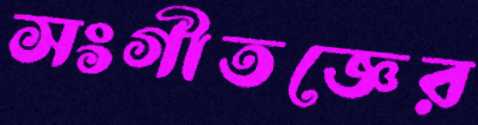
সংগীতজ্ঞের